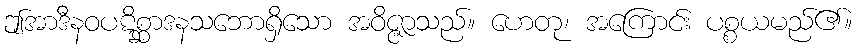
ဤအာဒီနဝပဋိစ္ဆာဒနသဘောရှိသော အဝိဇ္ဇာသည်။ ဟေတု၊ အကြောင်း ပစ္စယမည်၏။